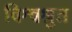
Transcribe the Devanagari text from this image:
विश्वश्रुत